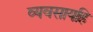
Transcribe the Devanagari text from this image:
व्यवसायहि